Lunatic asylums in Bengal annual reports 1899-1911 - 1899-1911
Year: 1899
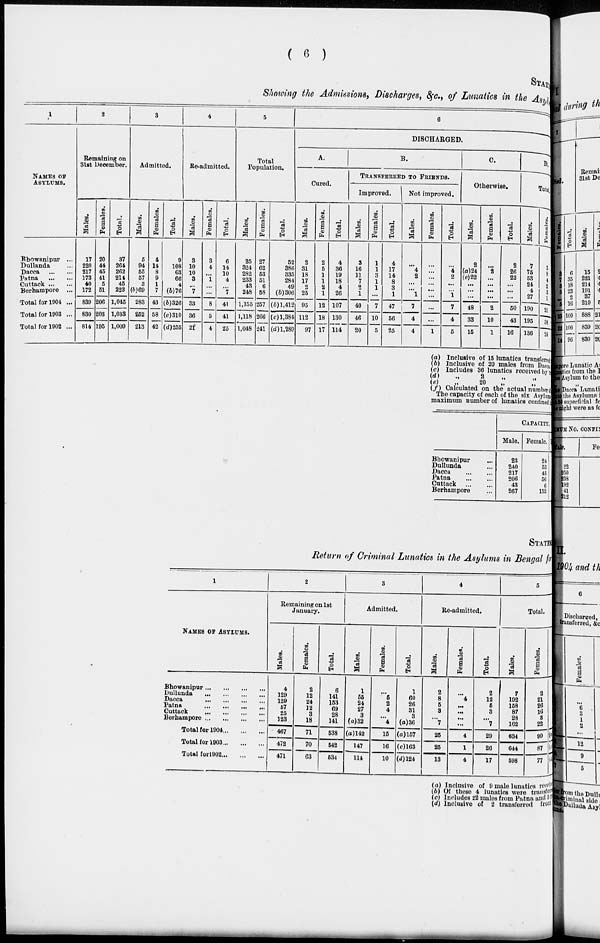
( 6 )
STATEMENT
Showing the Admissions, Discharges, &c., of Lunatics in the Asylum
1
NAMES OF
ASYLUMS.
Bhowanipur ...
Dullanda ...
Dacca
...
Patna
...
...
Cuttack ...
...
Berhampore ...
Total for 1904 ...
Total for 1903 ...
Total for 1902 ...
2
Remaining on
31st December.
Males.
17
220
217
173
40
172
839
830
814
Females.
20
44
45
41
5
51
206
203
195
Total.
37
264
262
214
45
223
1,045
1,033
1,009
3
Admitted.
Males.
5
94
55
57
3
(b)69
283
252
213
Females.
4
14
8
9
1
7
43
58
42
Total.
9
108
63
66
4
(b)76
(b)326
(c)310
(d)255
4
Re-admitted.
Males.
3
10
10
3
...
7
33
36
21
Females.
3
4
...
1
...
...
8
5
4
Total.
6
14
10
4
...
7
41
41
25
5
Total
Population.
Males.
25
324
282
233
43
248
1,155
1,118
1,048
Females.
27
62
53
51
6
58
257
266
241
Total.
52
386
335
284
49
(b)306
(b)1,412
(c) 1,384
(d)l,289
6
DISCHARGED.
A.
Cured.
Males.
2
31
18
17
2
25
95
112
97
Females.
2
5
1
1
2
1
12
18
17
Total.
4
36
19
18
4
26
107
130
114
B.
TRANSFERRED TO FRIENDS.
Improved.
Males.
3
16
11
7
2
1
40
46
20
Females.
1
1
3
1
1
...
7
10
5
Total.
4
17
14
8
3
1
47
56
25
Not improved.
Males.
...
4
2
...
...
1
7
4
4
Females.
...
...
...
...
...
...
...
...
1
Total.
...
4
2
...
...
1
7
4
5
C.
Otherwise.
Males.
2
(a)24
(e)22
...
...
...
48
33
15
Females.
...
2
...
...
...
...
2
10
1
Total.
2
26
22
...
...
...
50
43
16
D.
Total.
Males.
7
75
53
24
4
27
190
195
136
Females.
3
8
4
2
3
1
21
33
24
Total.
10
83
57
26
7
28
211
228
160
(a) Inclusive of 15 lunatics transferred
(b) Inclusive of 20 males from Dacca
(c) Includes 36 lunatics received by
(d)
.,
2
„
„
(e)
„
20
„ „
(f) Calculated on the actual number
The capacity of each of the six Asylum
maximum number of lunatics confined
Bhowanipur
...
Dullunda ...
Dacca ...
...
Patna ... ...
Cuttack
...
...
Berhampore ...
CAPACITY.
Male.
23
240
217
206
43
267
Female.
24
53
45
56
6
152
STATEMENT
Return of Criminal Lunatics in the Asylums in Bengal for
1
NAMES OF ASYLUMS.
Bhowanipur
...
...
...
...
Dullunda ... ... ... ...
Dacca
...
...
...
...
Patna
...
...
...
...
Cuttack
...
...
...
...
Berhampore
...
...
...
...
Total for 1904 ... ... ...
Total for 1903 ... ... ...
Total for 1902 ... ... ...
2
Remaining on 1st
January.
Males.
4
129
129
57
25
123
467
472
471
Females.
2
12
24
12
3
18
71
70
63
Total.
6
141
153
69
28
141
538
542
534
3
Admitted.
Males.
1
55
24
27
3
(a) 32
(a)142
147
114
Females.
...
5
2
4
...
4
15
16
10
Total.
1
60
26
31
3
(a) 36
(a)157
(c)163
(d)124
4
Re-admitted.
Males.
2
8
5
3
...
7
25
25
13
Females.
...
4
...
...
...
...
4
1
4
Total.
2
12
5
3
...
7
29
26
17
5
Total.
Males.
7
192
158
87
28
162
634
644
598
Fe ma l
e s .
2
21
26
16
3
22
90
87
77
Tota
9
213
284
103
31
184
724
713
675
(a) Inclusive of 9 male lunatics received
(b) Of these 4 lunatics were transferred
(c) Includes 22 males from Patna and 3 feet
(d) Inclusive of 2 transferred f r om